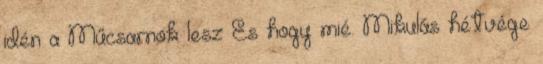
idén a Műcsarnok lesz És hogy mié. Mikulás hétvége